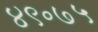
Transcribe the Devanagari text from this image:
४९॰७५